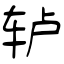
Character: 轳